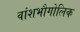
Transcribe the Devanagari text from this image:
वांशभौगोलिक